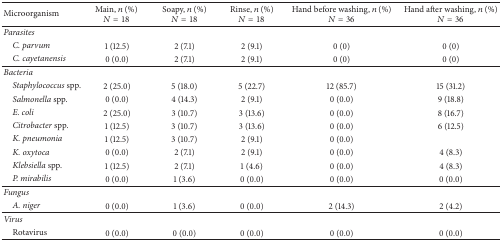
| Microorganism | Main, n (%) N = 18 | Soapy, n (%)N = 18 | Rinse, n (%)N = 18 | Hand before washing, n (%)N = 36 | Hand after washing, n (%)N = 36 |
 | --- | --- | --- | --- | --- | --- |
 | Parasites |  |  |  |  |  |
 | C. parvum | 1 (12.5) | 2 (7.1) | 2 (9.1) | 0 (0) | 0 (0) |
 | C. cayetanensis | 0 (0.0) | 2 (7.1) | 2 (9.1) | 0 (0) | 0 (0) |
 | Bacteria |  |  |  |  |  |
 | Staphylococcus spp. | 2 (25.0) | 5 (18.0) | 5 (22.7) | 12 (85.7) | 15 (31.2) |
 | Salmonella spp. | 0 (0.0) | 4 (14.3) | 2 (9.1) | 0 (0.0) | 9 (18.8) |
 | E. coli | 2 (25.0) | 3 (10.7) | 3 (13.6) | 0 (0.0) | 8 (16.7) |
 | Citrobacter spp. | 1 (12.5) | 3 (10.7) | 3 (13.6) | 0 (0.0) | 6 (12.5) |
 | K. pneumonia | 1 (12.5) | 3 (10.7) | 2 (9.1) | 0 (0.0) |  |
 | K. oxytoca | 0 (0.0) | 2 (7.1) | 2 (9.1) | 0 (0.0) | 4 (8.3) |
 | Klebsiella spp. | 1 (12.5) | 2 (7.1) | 1 (4.6) | 0 (0.0) | 4 (8.3) |
 | P. mirabilis | 0 (0.0) | 1 (3.6) | 0 (0.0) | 0 (0.0) | 0 (0.0) |
 | Fungus |  |  |  |  |  |
 | A. niger | 0 (0.0) | 1 (3.6) | 0 (0.0) | 2 (14.3) | 2 (4.2) |
 | Virus |  |  |  |  |  |
 | Rotavirus | 0 (0.0) | 0 (0.0) | 0 (0.0) | 0 (0.0) | 0 (0.0) |